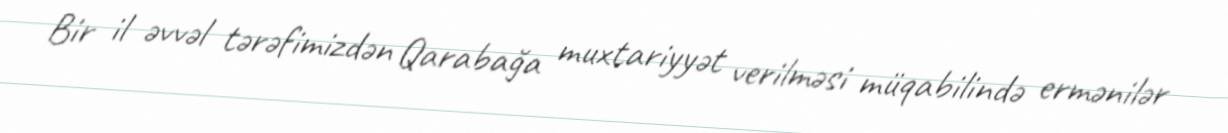
Bir il əvvəl tərəfimizdən Qarabağa muxtariyyət verilməsi müqabilində ermənilər